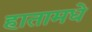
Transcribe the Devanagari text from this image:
हातामधे